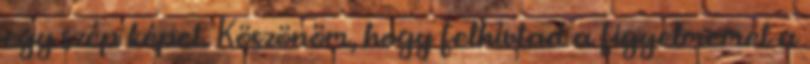
egy szép képet. Köszönöm, hogy felhívtad a figyelmemet a